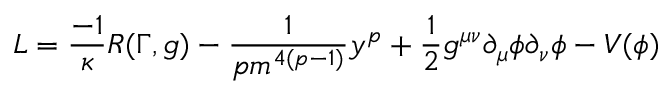
L = \frac { - 1 } { \kappa } R ( \Gamma , g ) - \frac { 1 } { p m ^ { 4 ( p - 1 ) } } y ^ { p } + \frac { 1 } { 2 } g ^ { \mu \nu } \partial _ { \mu } \phi \partial _ { \nu } \phi - V ( \phi )